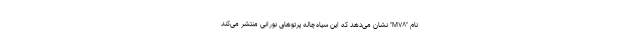
نام "M۷۸" نشان می‌دهد که این سیاه‌چاله پرتوهای نورانی منتشر می‌کند